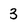
Character: 3